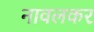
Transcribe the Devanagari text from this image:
नावलकर